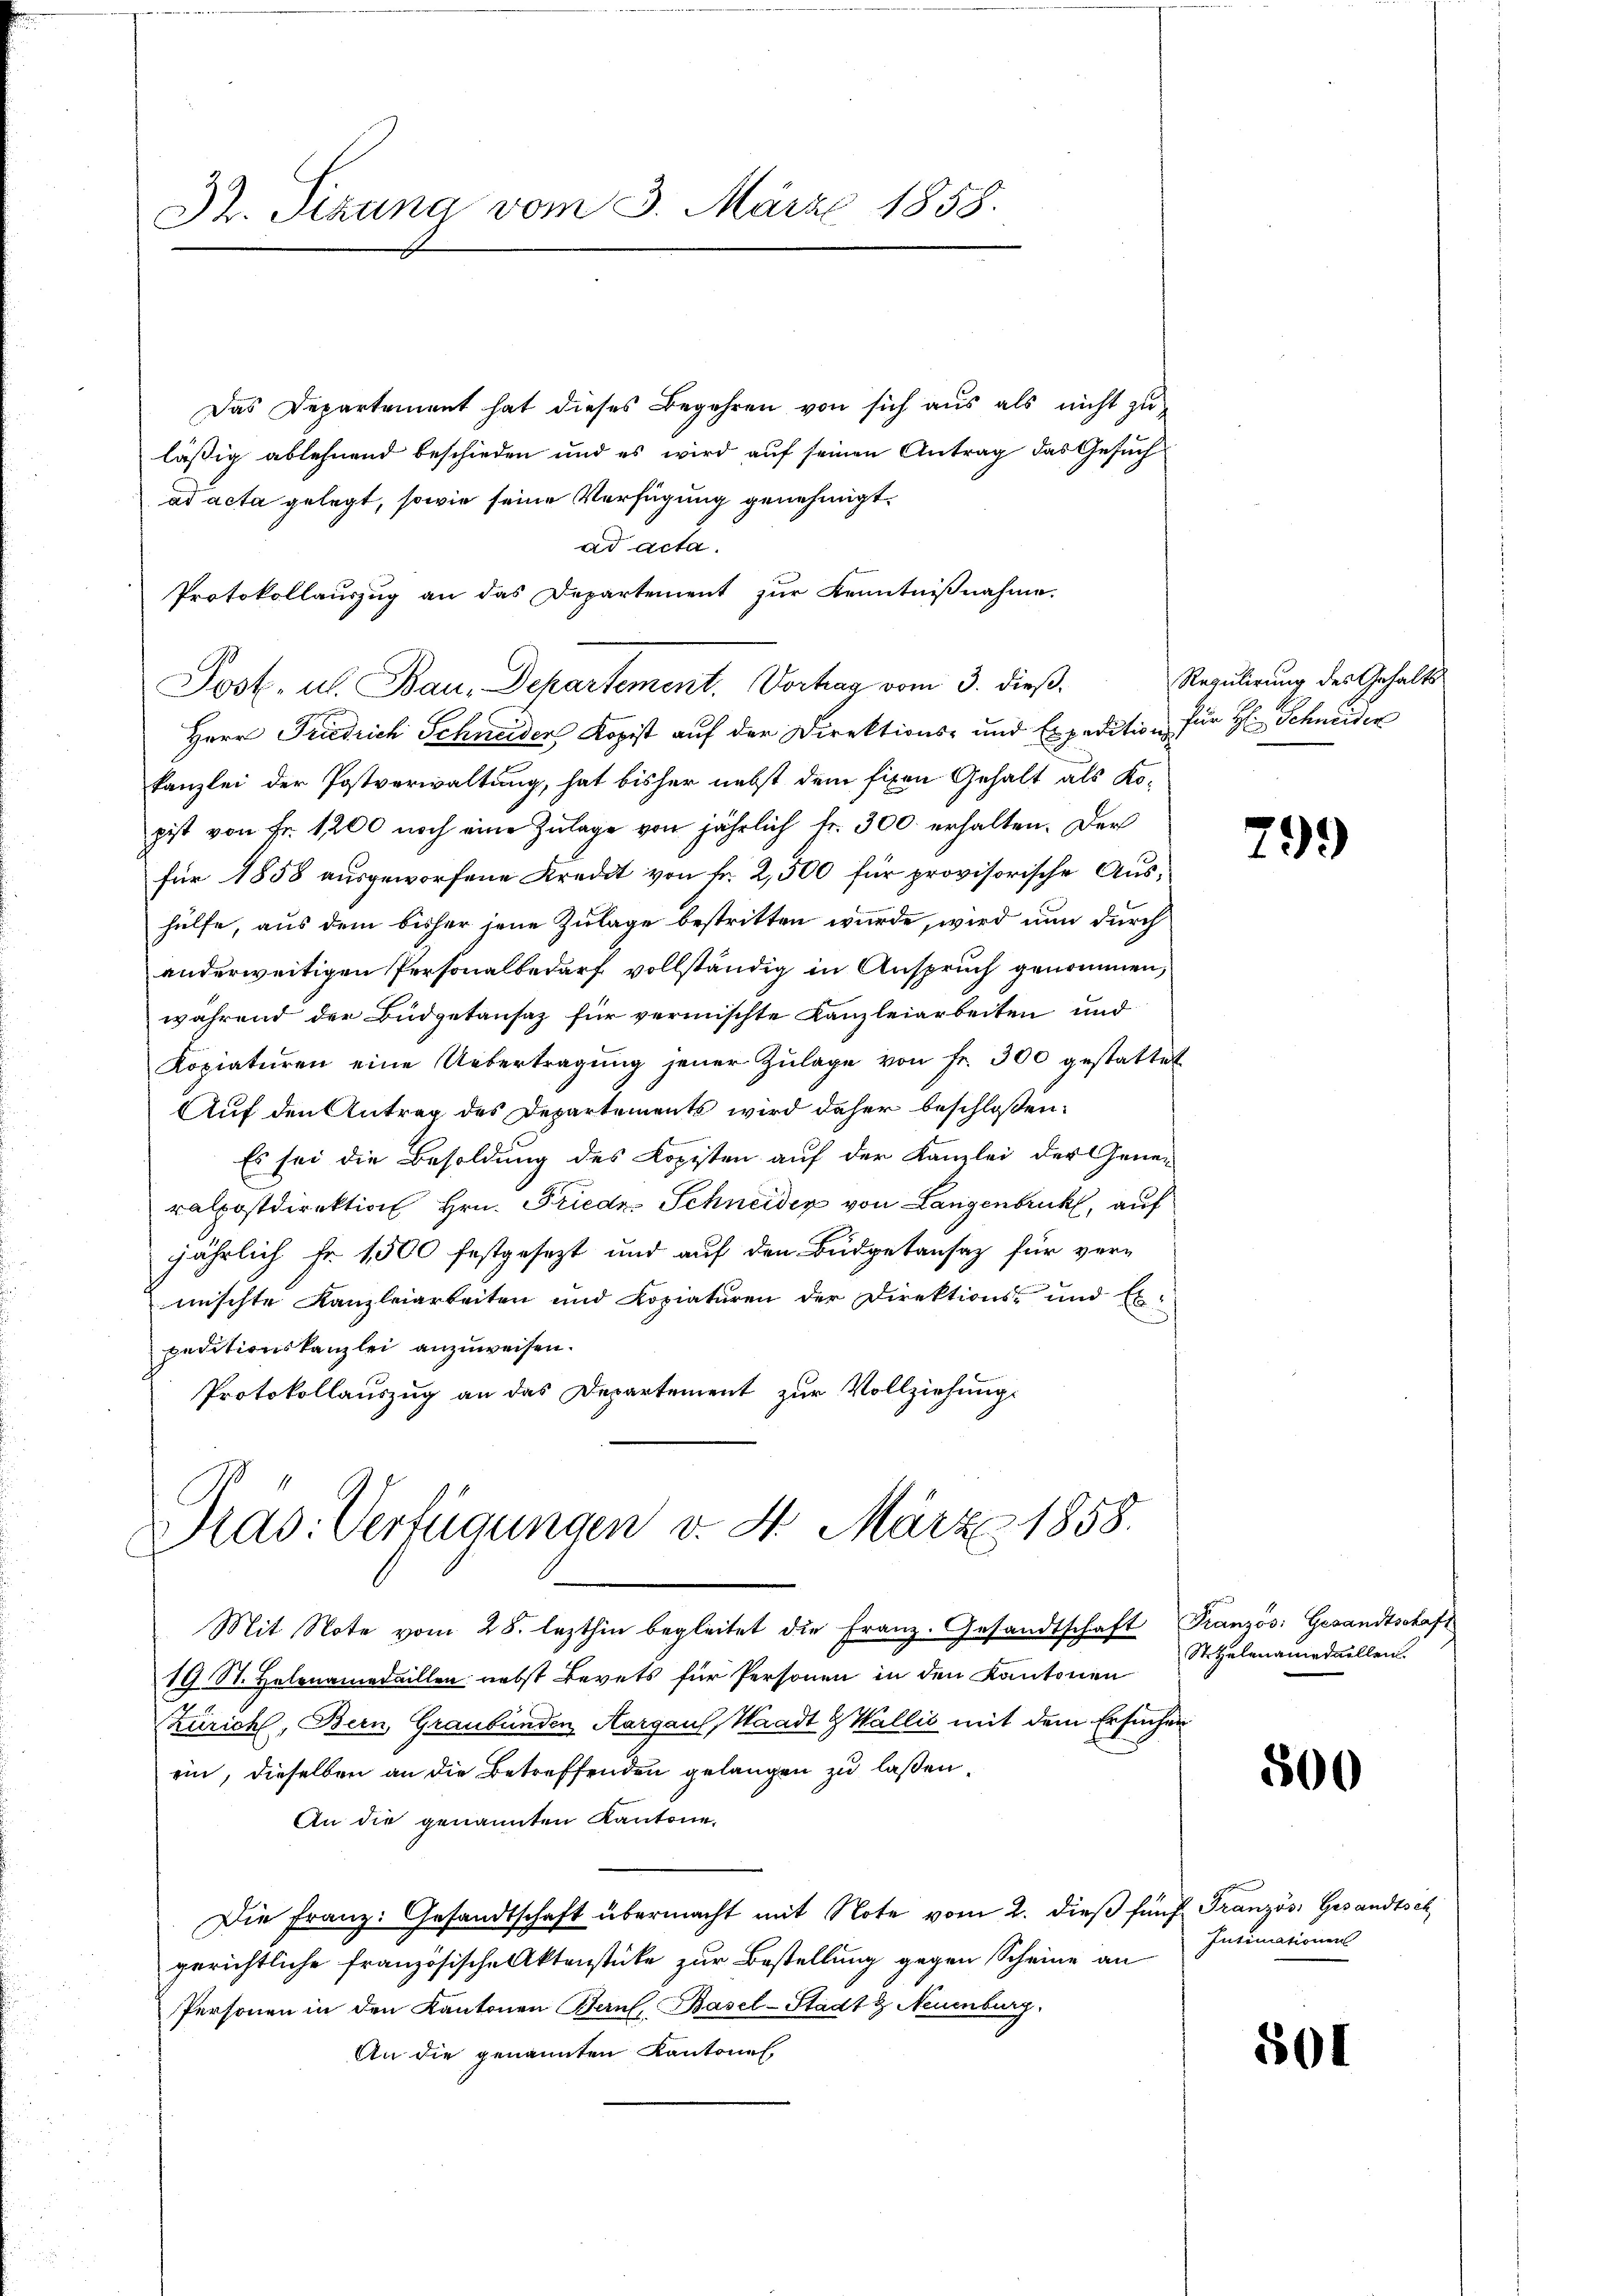
Dr. Sizung vom 3. März 1858.

Das Departement hat dieses Begehren von sich aus als nicht zu
lässig ablehnend beschieden und es wird auf seinen Antrag das Gesuch
ad acta gelegt, sowie seine Verfügung genehmigt.
ad acta.
Protokollauszug an das Departement zur Kenntnißnahme.
Herr Friedrich Schneider Kopist auf der Direktions- und Expedition für Hr. Schneider
kanzlei der Postverwaltung, hat bisher nebst dem fixen Gehalt als Ko-
pist von Fr. 1200 noch eine Zulage von jährlich fr. 300. erhalten. Der
für 1858 ausgeworfene Kredit von Fr. 2,500 für provisorische Aushülfe, aus dem bisher jene Zulage bestritten wurde, wird nun durch
anderweitigen Personalbedarf vollständig in Anspruch genommen,
während der Budgetansaz für vermischte Kanzleiarbeiten und
Kopiaturen eine Uebertragŭng jener Zŭlage von Fr. 300 gestattet
Auf den Antrag des Departements wird daher beschloßen:
Es sei die Besoldung des Kopisten auf der Kanzlei der Gener
ralpostdirektion Hrn. Frieder Schneider von Langenbruck, auf
jährlich Fr. 1500 festgesezt und auf den Büdgetansaz für vermischte Kanzleiarbeiten und Copiaturen der Direktions- und Ex
peditionskanzlei anzuweisen.
Protokollauszug an das Departement zur Vollziehung.

Prad: Verfügungen v. 4. März 1858.

Post. u. Bau, Dekartement. Vortrag vom 3. dieß. Regulirung des Gehalts

Mit Note vom 28. lezthin begleitet die Franz. Gesandtschaft Französ. Gesandtschaft
19 St. Helenamedaillen nebst Bevets für Personen in den Kantonen
Zürich, Bern, Graubünden Aargau, Waadt Wallis mit dem Ersuchen
ein, dieselben an die Betreffenden gelangen zu lassen,
An die genannten Kantone,
Die Franz: Gesandtschaft übermacht mit Note vom 2. dieβ fünf Französ. Gesandtsch
gerichtliche französische Aktenstücke zur Bestellung gegen Scheine an
Personen in den Kantonen Bern, Basel-Stadt & Neuenburg,
An die genannten Kantonal-

799

St. Helenamedaillen.

500

501

Intimationen